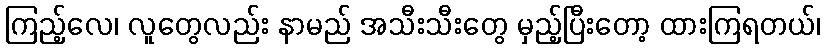
ကြည့်လေ၊ လူတွေလည်း နာမည် အသီးသီးတွေ မှည့်ပြီးတော့ ထားကြရတယ်၊